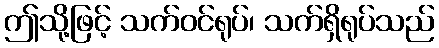
ဤသို့ဖြင့် သက်ဝင်ရုပ်၊ သက်ရှိရုပ်သည်